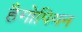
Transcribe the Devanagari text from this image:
हैगोपियन